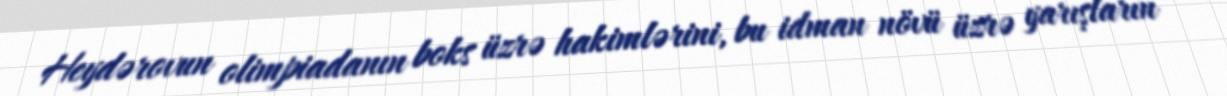
Heydərovun olimpiadanın boks üzrə hakimlərini, bu idman növü üzrə yarışların